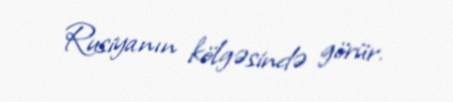
Rusiyanın kölgəsində görür.